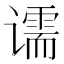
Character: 𰶌